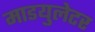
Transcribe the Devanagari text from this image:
माडयुलेटर